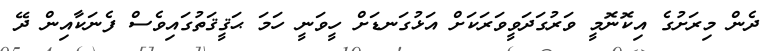
ދެން މިރަށުގެ އިކޮނޮމީ ވަރުގަދަވީވަރަކަށް އަޅުގަނޑަށް ހީވަނީ ހަމަ ޙަޤީޤަތުގައިވެސް ފެނަކާއިން ދޭ